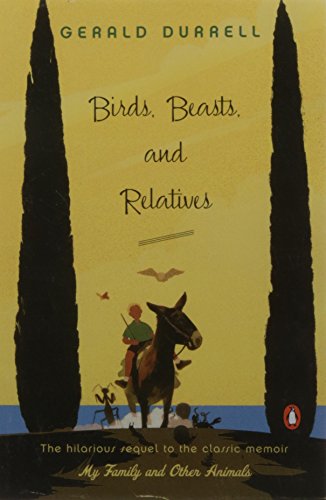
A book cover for Birds, Beasts, and Relatives; Gerald Durrell; Science & Math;